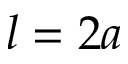
l = 2 a